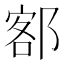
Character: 𫟭